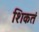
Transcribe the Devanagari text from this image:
शिकतं